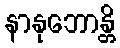
နာနုဘောန္တိ